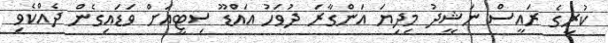
ކުރީގެ ރައީސް ނަޝީދު މިދިޔަ އަންގާރަ ދުވަހު އައްޑޫ ސިޓީއަށް ވަޑައިގެން ދެއްކެވި